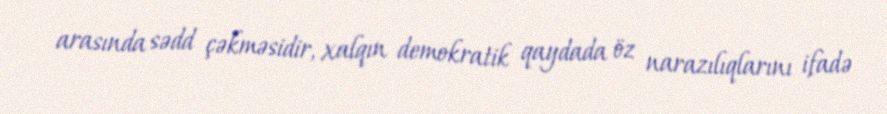
arasında sədd çəkməsidir, xalqın demokratik qaydada öz narazılıqlarını ifadə